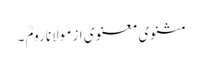
مثنوی معنوی از مولانا رومؒ ۔